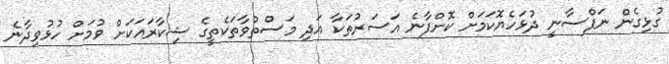
ގުޅިގެން ނަފްސާނީ ދުޅަހެޔޮކަމަށް ކޮށްފާނެ އަސަރުތަކާ އަދި މަސްތުވާތަކެތީގެ ޝިކާރައަކަށް ވުމަށް ހުޅުވިދާނެ